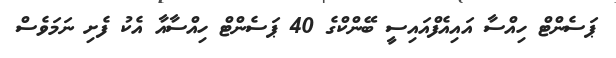
ޕަސެންޓް ހިއްސާ އައިއެފްއައިސީ ބޭންކްގެ 40 ޕަސެންޓް ހިއްސާއާ އެކު ފެށި ނަމަވެސް